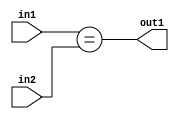
`timescale 1ps / 1ps
/*****************************************************************************
    Verilog RTL Description
    
    
    Created by: Stratus DpOpt 21.05.01 
*******************************************************************************/

module SobelFilter_Equal_4Ux1U_1U_4 (
	in2,
	in1,
	out1
	); /* architecture "behavioural" */ 
input [3:0] in2;
input  in1;
output  out1;
wire  asc001;

assign asc001 = (in1==in2);

assign out1 = asc001;
endmodule

/* CADENCE  urnxQgE= : u9/ySxbfrwZIxEzHVQQV8Q== ** DO NOT EDIT THIS LINE ******/